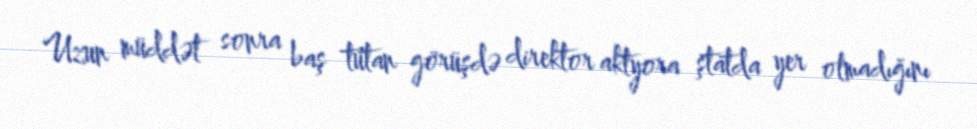
Uzun müddət sonra baş tutan görüşdə direktor aktyora ştatda yer olmadığını